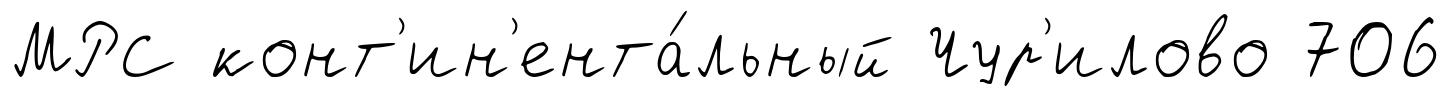
МРС конт'ин'ента́льный Чур'илово 706